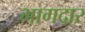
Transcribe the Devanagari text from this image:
भागदार